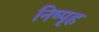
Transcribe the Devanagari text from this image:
निष्पृह